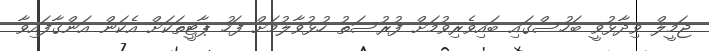
ޖަމީލް ވިދާޅުވީ ބަހުސްގައި ބައިވެރިވުމަށް ފުރުސަތު ހުޅުވާލުމަށް ފަހު ޕާޓީތަކަށް އެކަން އަންގާފައިވާ